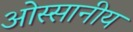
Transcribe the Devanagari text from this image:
ओस्सानीय